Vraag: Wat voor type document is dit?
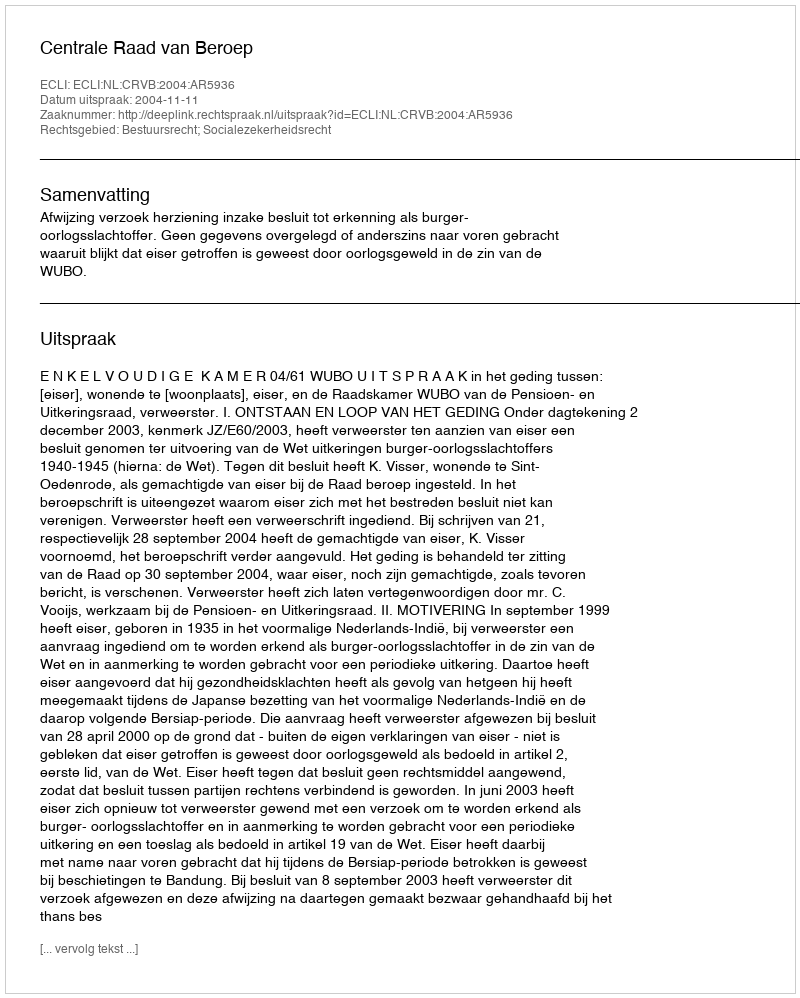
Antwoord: Uitspraak